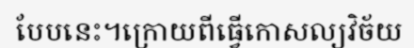
បែបនេះ។ក្រោយពីធ្វើកោសល្យវិច័យ